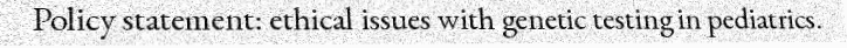
Policy statement: ethical issues with genetic testing in pediatrics.